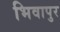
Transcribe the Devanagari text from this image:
भिवापुर